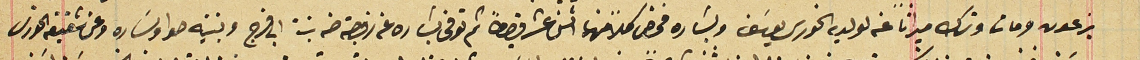
بزعون ومات وترك ميراثاً عنه لولديه الخورى يوسَف وبشاره فخص كلاً منهما اثنى عشر قيراطاً ثم توفى بشاره عنه زوجته حنه بنت ابى فرج وبنتيه حوا وسَاره وعن شقيقه الخورى